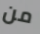
من